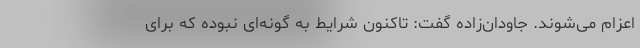
اعزام می‌شوند. جاودان‌زاده گفت: تاکنون شرایط به گونه‌ای نبوده که برای